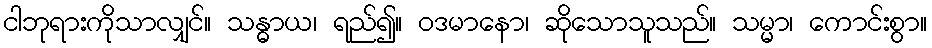
ငါဘုရားကိုသာလျှင်။ သန္ဓာယ၊ ရည်၍။ ဝဒမာနော၊ ဆိုသောသူသည်။ သမ္မာ၊ ကောင်းစွာ။